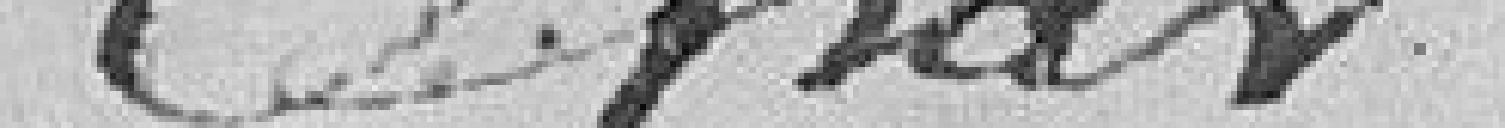
par